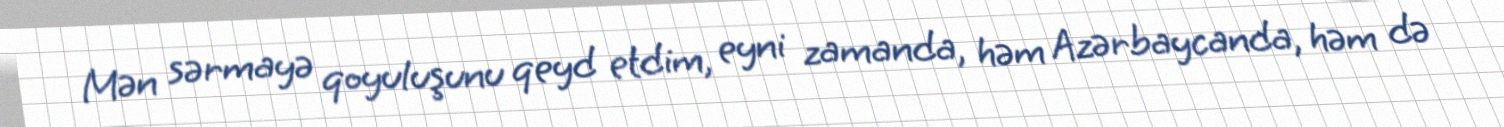
Mən sərmayə qoyuluşunu qeyd etdim, eyni zamanda, həm Azərbaycanda, həm də